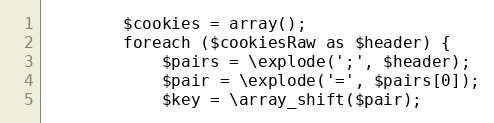
Language: PHP
        $cookies = array();
        foreach ($cookiesRaw as $header) {
            $pairs = \explode(';', $header);
            $pair = \explode('=', $pairs[0]);
            $key = \array_shift($pair);